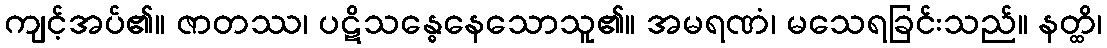
ကျင့်အပ်၏။ ဇာတဿ၊ ပဋိသန္ဓေနေသောသူ၏။ အမရဏံ၊ မသေရခြင်းသည်။ နတ္ထိ၊